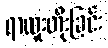
ရာထူးတိုးခြင်း